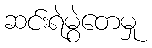
ဆင်းရဲမွဲတေမှု